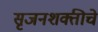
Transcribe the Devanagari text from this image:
सृजनशक्तीचे